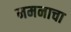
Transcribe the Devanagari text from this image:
नमनाचा